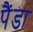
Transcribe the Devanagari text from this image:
पैंडा